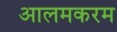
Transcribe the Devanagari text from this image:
आलमकरम